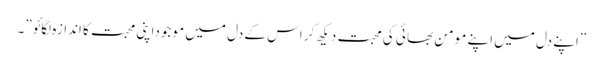
”اپنے دل میں اپنے مو من بھا ئی کی محبت دیکھ کر اس کے دل میں مو جوداپنی محبت کا اندازہ لگائو”۔